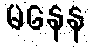
မနေန